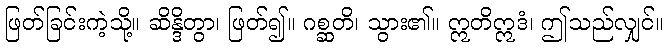
ဖြတ်ခြင်းကဲ့သို့။ ဆိန္ဒိတွာ၊ ဖြတ်၍။ ဂစ္ဆတိ၊ သွား၏။ ဣတိဣဒံ၊ ဤသည်လျှင်။